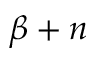
\beta + n